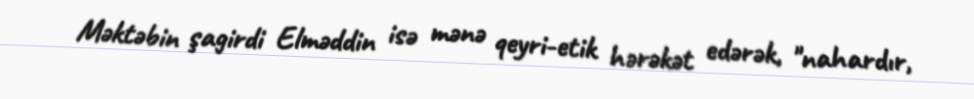
Məktəbin şagirdi Elməddin isə mənə qeyri-etik hərəkət edərək, "nahardır,